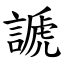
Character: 謕